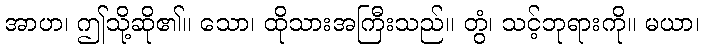
အာဟ၊ ဤသို့ဆို၏။ သော၊ ထိုသားအကြီးသည်။ တွံ၊ သင့်ဘုရားကို။ မယာ၊